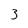
Character: 3